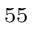
^ { 5 5 }